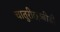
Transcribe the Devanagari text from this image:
चातुरीछब्बीसी